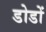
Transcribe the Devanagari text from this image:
डोडों